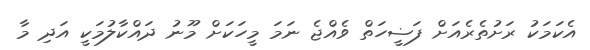
އެކަމަކު ރަށުތެރެއަށް ފަޟީހަތް ވެއްޖެ ނަމަ މީހަކަށް މޫނު ދައްކާލުމަކީ އަދި މާ